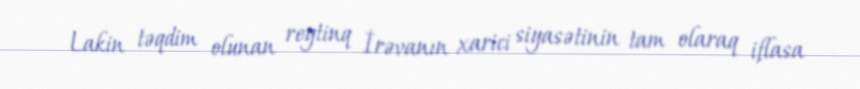
Lakin təqdim olunan reytinq İrəvanın xarici siyasətinin tam olaraq iflasa